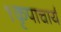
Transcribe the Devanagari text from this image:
१कृपाचार्य